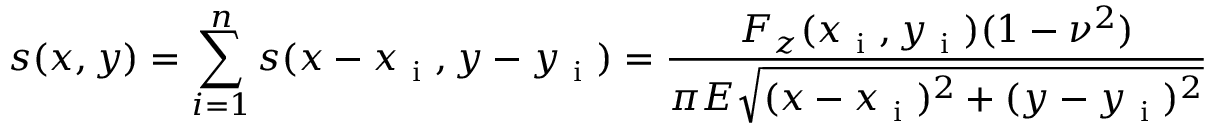
s ( x , y ) = \sum _ { i = 1 } ^ { n } s ( x - x _ { \mathrm { ~ i ~ } } , y - y _ { \mathrm { ~ i ~ } } ) = \frac { F _ { z } ( x _ { \mathrm { ~ i ~ } } , y _ { \mathrm { ~ i ~ } } ) ( 1 - \nu ^ { 2 } ) } { \pi E \sqrt { ( x - x _ { \mathrm { ~ i ~ } } ) ^ { 2 } + ( y - y _ { \mathrm { ~ i ~ } } ) ^ { 2 } } }